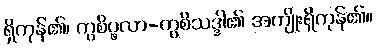
ရှိကုန်၏၊ ကွစိပ္ဖလာ-ကွစိသဒ္ဒါ၏ အကျိုးရှိကုန်၏။